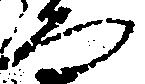
ろ